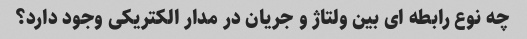
چه نوع رابطه ای بین ولتاژ و جریان در مدار الکتریکی وجود دارد؟